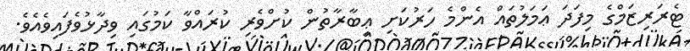
ޓެރަރިޒަމްގެ މިފަދަ ޢަމަލުތައް އެންމެ ހަރުކަށި ޢިބާރާތުން ކުށްވެރި ކުރައްވާ ކަމުގައި ވިދާޅުވެފައިވެއެވެ.